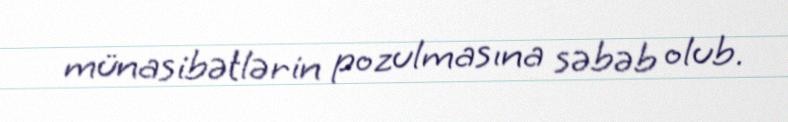
münasibətlərin pozulmasına səbəb olub.